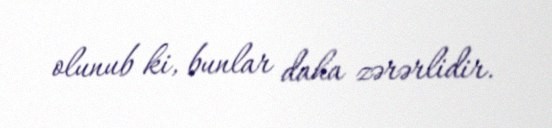
olunub ki, bunlar daha zərərlidir.